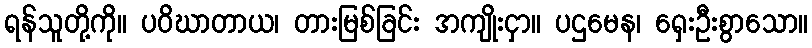
ရန်သူတို့ကို။ ပဝိဃာတာယ၊ တားမြစ်ခြင်း အကျိုးငှာ။ ပဌမေန၊ ရှေးဦးစွာသော။